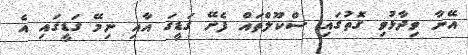
އޭނާ ވިދާޅުވި ގޮތުގައި ސްކޫލްތައް ފެށޭ ގަޑީގަ އާއި ނިމޭ ގަޑީގައި އެ